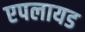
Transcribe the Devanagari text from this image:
एपलायड